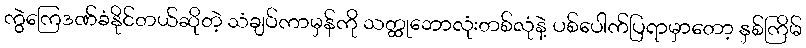
ကွဲကြေဒဏ်ခံနိုင်တယ်ဆိုတဲ့ သံချပ်ကာမှန်ကို သတ္ထုဘောလုံးတစ်လုံနဲ့ ပစ်ပေါက်ပြရာမှာတော့ နှစ်ကြိမ်